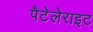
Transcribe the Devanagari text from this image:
पैटेलेराइट